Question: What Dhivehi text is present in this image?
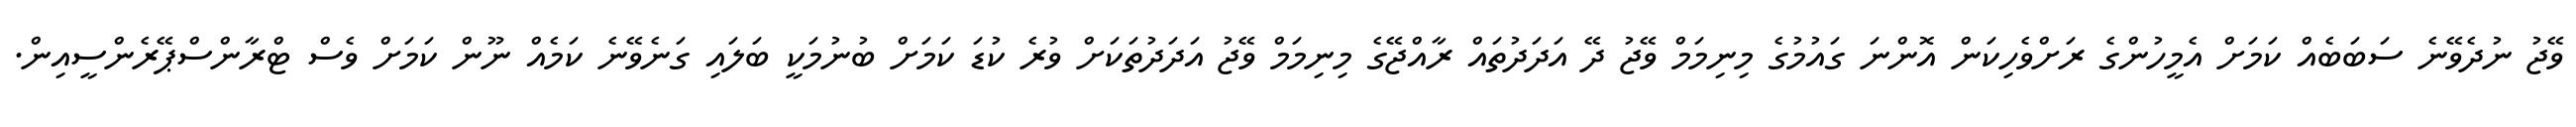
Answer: ވޭޖު ނުދެވޭނެ ސަބަބެއް ކަމަށް އެމީހުންގެ ރަށްވެހިކަން އޮންނަ ގައުމުގެ މިނިމަމް ވޭޖު ދޭ އަދަދުތައް ރާއްޖޭގެ މިނިމަމް ވޭޖު އަދަދުތަކަށް ވުރެ ކުޑަ ކަމަށް ބުނުމަކީ ބަލައި ގަނެވޭނެ ކަމެއް ނޫން ކަމަށް ވެސް ޓްރާންސްޕޭރެންސީއިން.